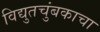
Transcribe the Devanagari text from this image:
विद्युतचुंबकाचा